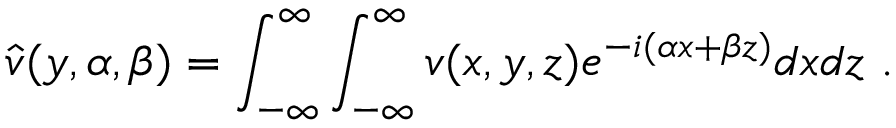
\hat { v } ( y , \alpha , \beta ) = \int _ { - \infty } ^ { \infty } \int _ { - \infty } ^ { \infty } v ( x , y , z ) e ^ { - i ( \alpha x + \beta z ) } d x d z \mathrm { ~ . ~ }